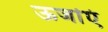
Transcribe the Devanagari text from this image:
ऊर्जाएं